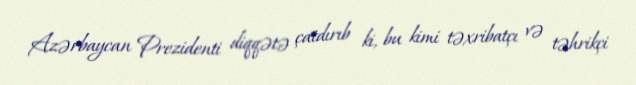
Azərbaycan Prezidenti diqqətə çatdırıb ki, bu kimi təxribatçı və təhrikçi